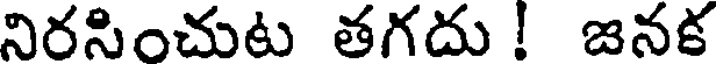
నిరసించుట తగదు ! జనక